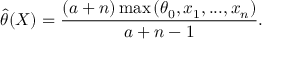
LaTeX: { \widehat { \theta } } ( X ) = { \frac { ( a + n ) \operatorname* { m a x } { ( \theta _ { 0 } , x _ { 1 } , . . . , x _ { n } ) } } { a + n - 1 } } .